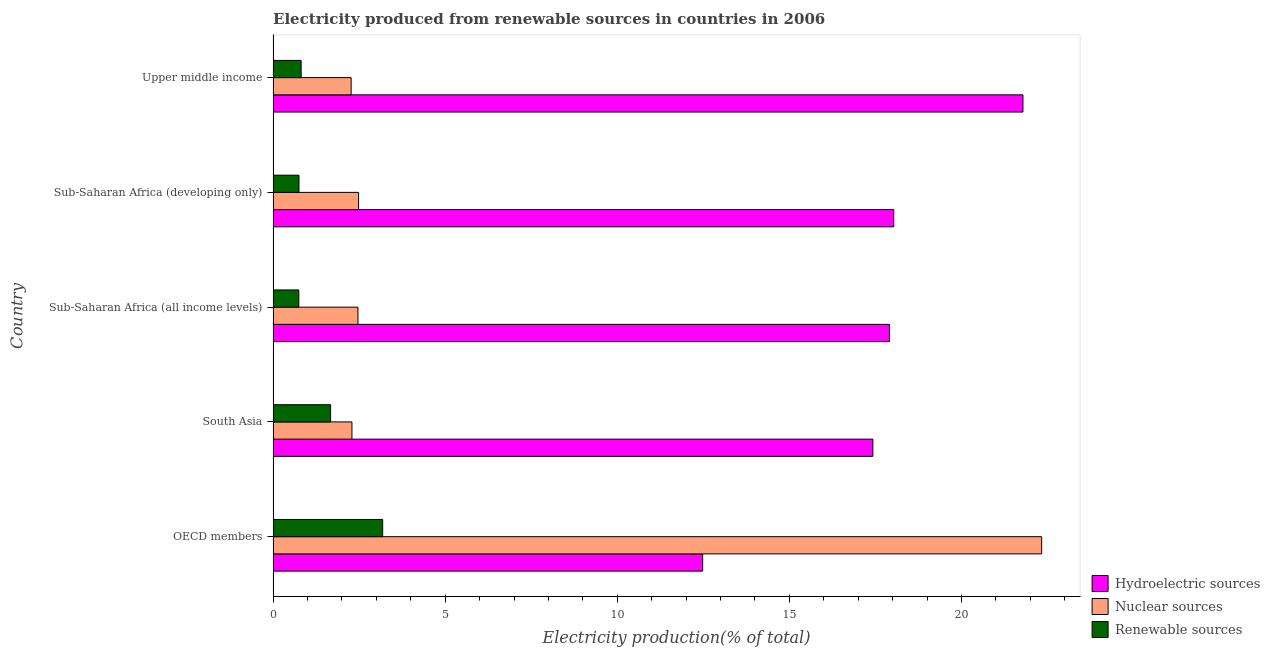
| Country | Hydroelectric sources | Nuclear sources | Renewable sources |
 | --- | --- | --- | --- |
 | OECD members | 12.5 | 22.3 | 3.18 |
 | South Asia | 17.4 | 2.29 | 1.67 |
 | Sub-Saharan Africa (all income levels) | 17.9 | 2.47 | 0.746 |
 | Sub-Saharan Africa (developing only) | 18 | 2.48 | 0.752 |
 | Upper middle income | 21.8 | 2.27 | 0.814 |